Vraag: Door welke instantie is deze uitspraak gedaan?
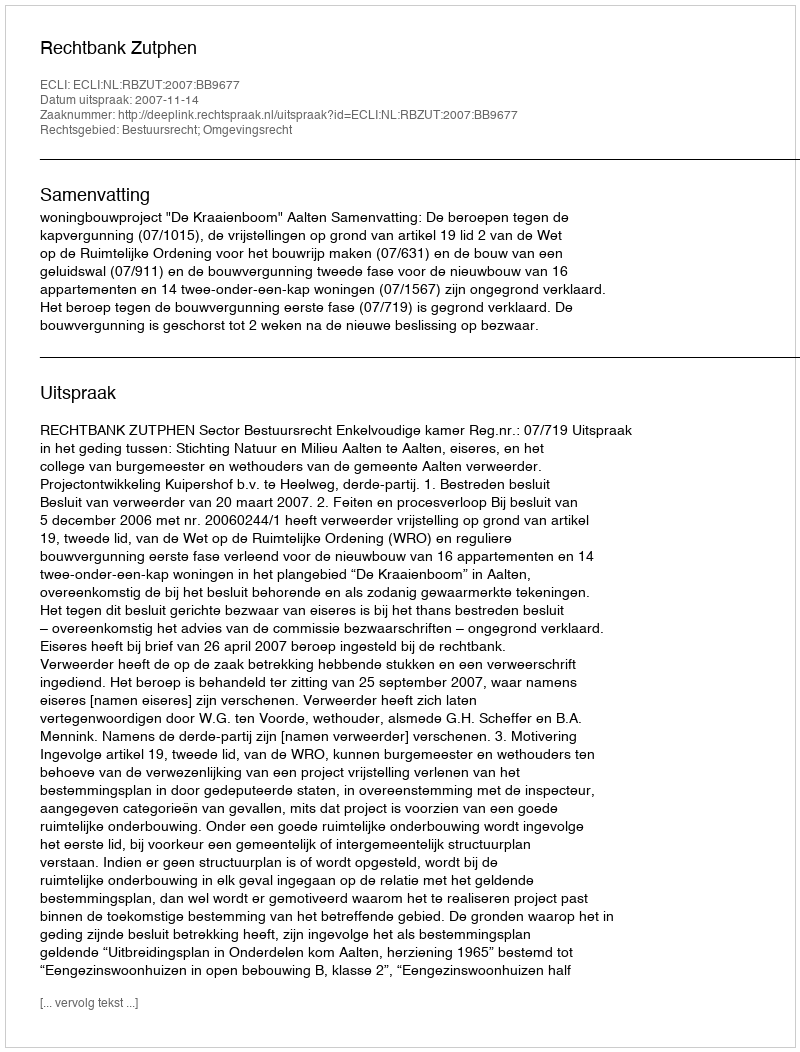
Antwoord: Rechtbank Zutphen